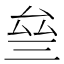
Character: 𠫰